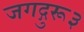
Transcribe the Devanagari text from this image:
जगद्गुरू३